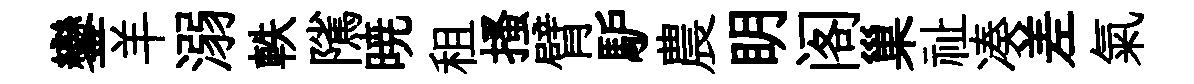
鑾羊溺軼隲暁租搔臂馿農眀阁巢祉凑差氣